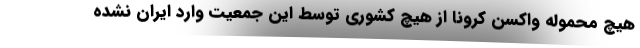
هیچ محموله واکسن کرونا از هیچ کشوری توسط این جمعیت وارد ایران نشده